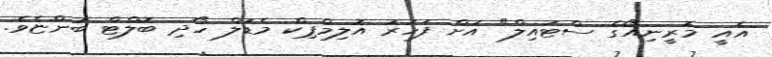
އެއީ މޮރީނިއޯގެ ސްޓައިލް" އަށް ފަހަރު އޮލިމްޕިކް މެޑަލް ހޯދި ބޮލްޓް ބުންޏެވެ.